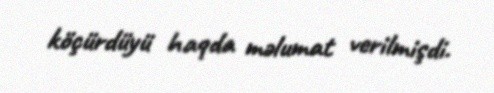
köçürdüyü haqda məlumat verilmişdi.